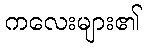
ကလေးများ၏